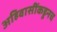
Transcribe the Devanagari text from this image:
अहिवासींकडूनच